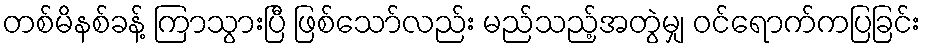
တစ်မိနစ်ခန့် ကြာသွားပြီ ဖြစ်သော်လည်း မည်သည့်အတွဲမျှ ဝင်ရောက်ကပြခြင်း